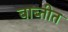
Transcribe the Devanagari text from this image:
बाब्तीत